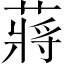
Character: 蔣